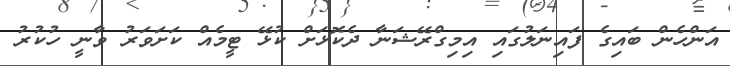
އަންހެން ބައިގެ ފައިނަލުގައި އިމިގްރޭޝަނާ ދެކޮޅަށް ކުޅޭ ޓީމެއް ކަށަވަރު ވާނީ ހުކުރު